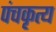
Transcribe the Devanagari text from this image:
पंचकृत्य